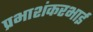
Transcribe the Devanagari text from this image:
प्रभाशंकरभाई